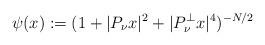
LaTeX: \begin{align*}\psi(x):=(1+|P_{\nu}x|^2+|P_{\nu}^{\perp}x|^4)^{-N/2}\end{align*}